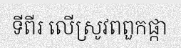
ទីពីរ លើស្រូវពពួកផ្កា